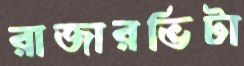
রাজারভিটা